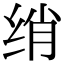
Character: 绡